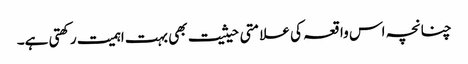
چنانچہ اس واقعہ کی علامتی حیثیت بھی بہت اہمیت رکھتی ہے۔